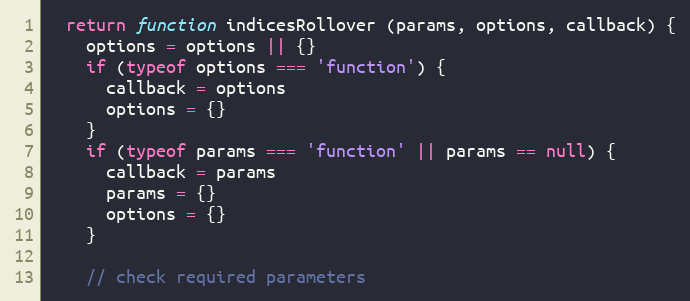
Language: JavaScript
  return function indicesRollover (params, options, callback) {
    options = options || {}
    if (typeof options === 'function') {
      callback = options
      options = {}
    }
    if (typeof params === 'function' || params == null) {
      callback = params
      params = {}
      options = {}
    }

    // check required parameters